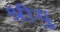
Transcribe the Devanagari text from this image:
श्रीयु